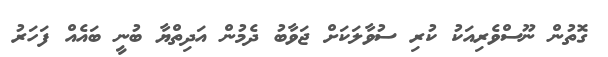
ގޮތުން ނޫސްވެރިއަކު ކުރި ސުވާލަކަށް ޖަވާބު ދެމުން އަދިތްޔާ ބުނީ ބައެއް ފަހަރު